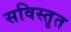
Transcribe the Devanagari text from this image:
सविस्तृत